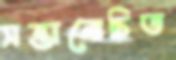
সন্তানোচিত